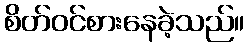
စိတ်ဝင်စားနေခဲ့သည်။